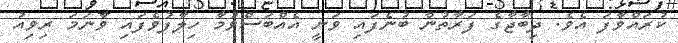
ކުރައްވާފަ އެވެ. ދިބާޖާގެ ފަރާތުން ބުނެފައި ވަނީ އެއްބަސްވުމާ ހިލާފުވެފައި ވާނަމަ ރިވިއު